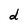
Character: d